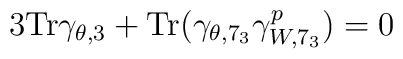
3 {\rm Tr}\gamma_{\theta,3}+{\rm Tr}(\gamma_{\theta,7_3}\gamma_{W,7_3}^{p})=0